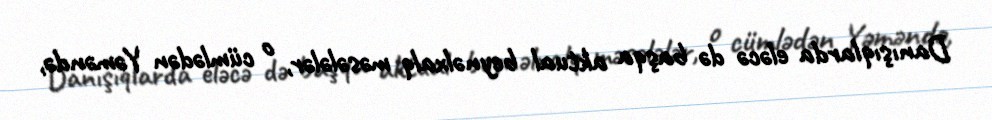
Danışıqlarda eləcə də başqa aktual beynəlxalq məsələlər, o cümlədən Yəməndə,